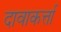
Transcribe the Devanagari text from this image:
दावाकर्त्ता